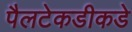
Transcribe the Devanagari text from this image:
पैलटेकडीकडे